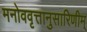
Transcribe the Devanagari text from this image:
मनोववृत्तानुसारिणीम्